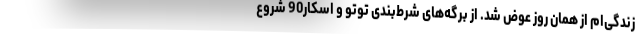
زندگی‌ام از همان روز عوض شد. از برگه‌های شرط‌بندی توتو و اسکار90 شروع